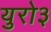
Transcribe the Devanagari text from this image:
युरो३